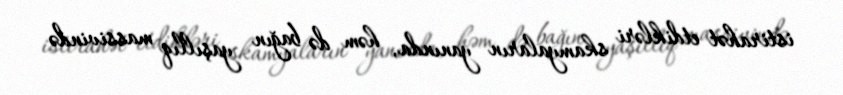
istirahət etdikləri skamyaların yanında, həm də bağın yaşıllıq massivində